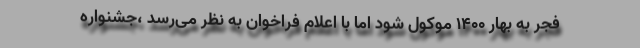
فجر به بهار 1400 موکول شود اما با اعلام فراخوان به نظر می‌رسد ،جشنواره